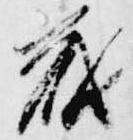
蔵